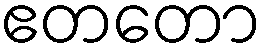
ဧတတော